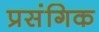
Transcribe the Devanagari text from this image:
प्रसंगिक